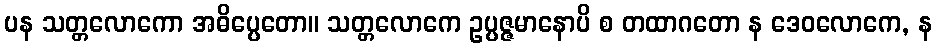
ပန သတ္တလောကော အဓိပ္ပေတော။ သတ္တလောကေ ဥပ္ပဇ္ဇမာနောပိ စ တထာဂတော န ဒေဝလောကေ, န